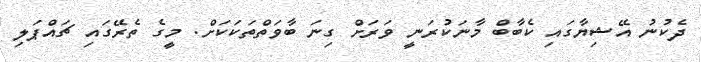
ދެކުނު އޭޝިޔާގައި ކެބާބް މާނަކުރަނީ ވަރަށް ގިނަ ބާވަތްތަކަކަށް. މީީގެ ތެރޭގައި ޗައްޕަލި